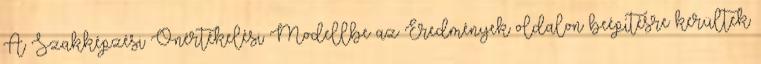
A Szakképzési Önértékelési Modellbe az Eredmények oldalon beépítésre kerültek